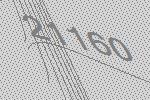
21160